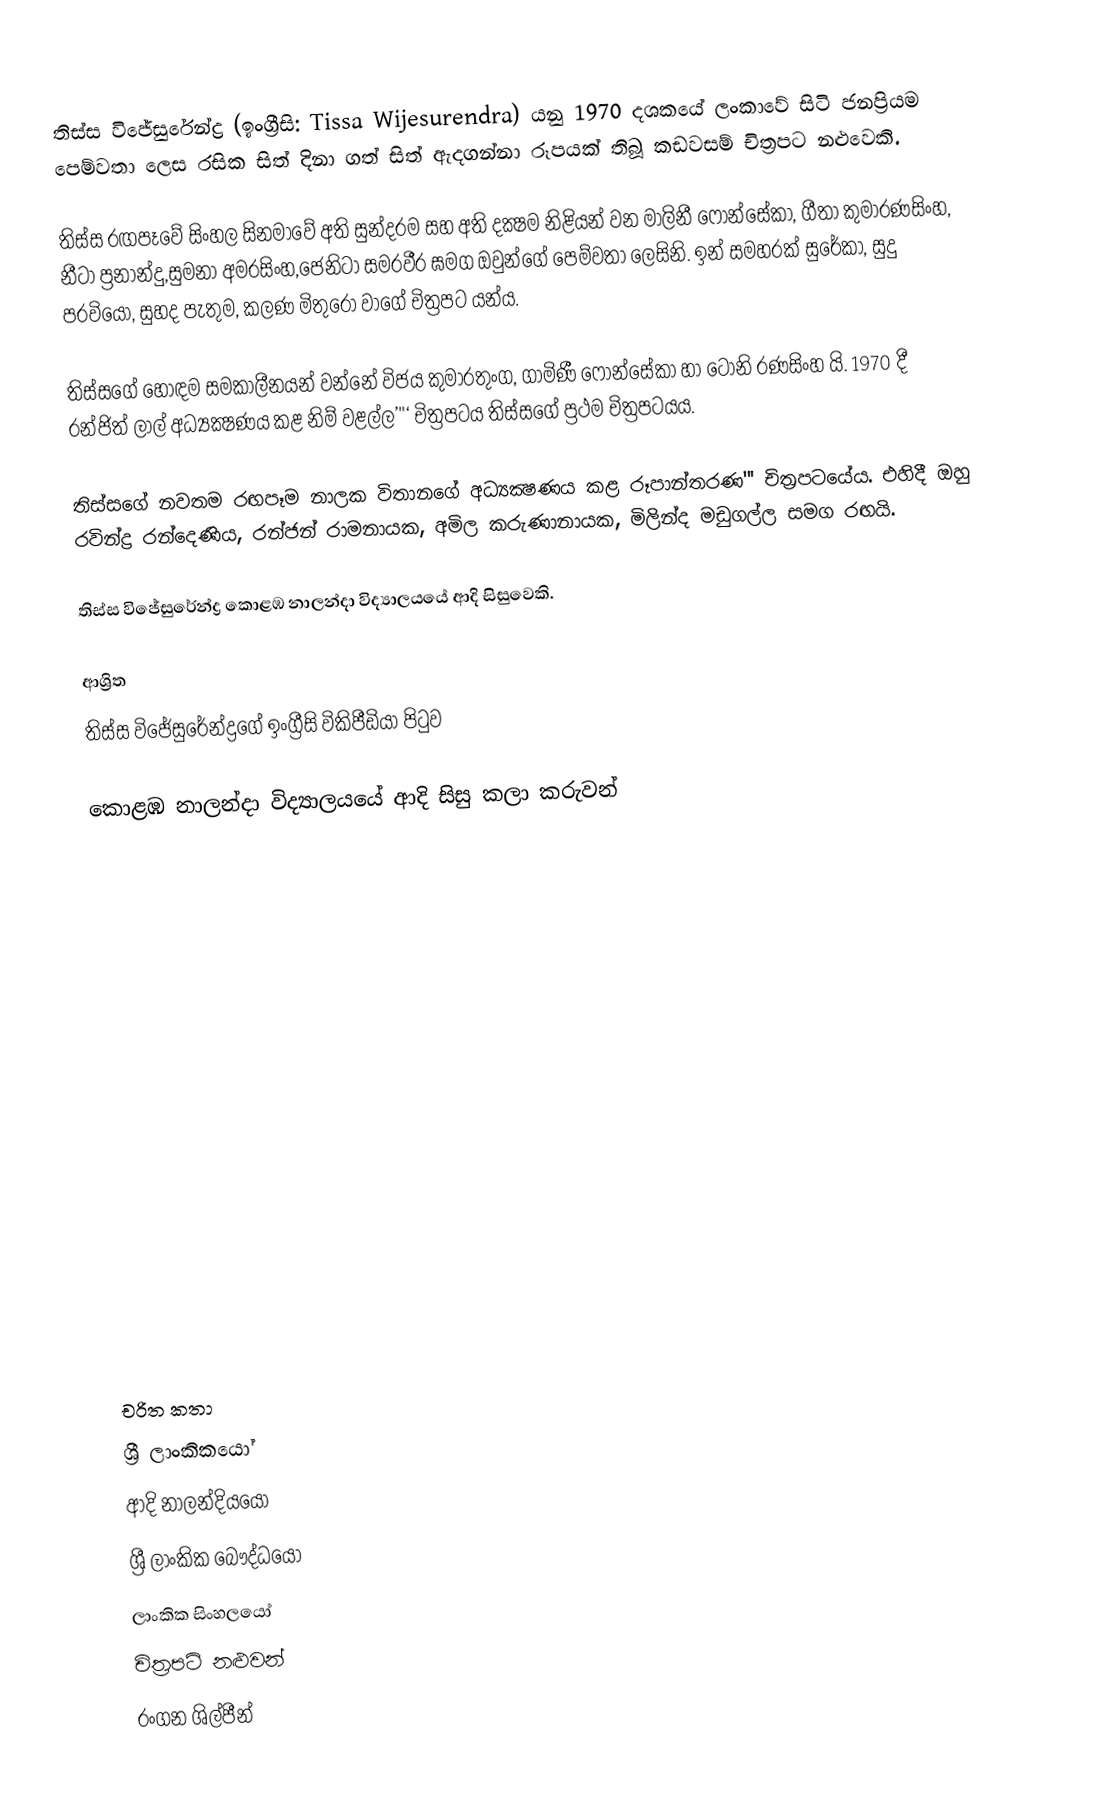
තිස්ස විජේසුරේන්ද්‍ර (ඉංග්‍රීසි: Tissa Wijesurendra) යනු 1970 දශකයේ ලංකාවේ සිටි ජනප්‍රියම පෙම්වතා ලෙස රසික සිත් දිනා ගත් සිත් ඇදගන්නා රූපයක් තිබූ කඩවසම් චිත්‍රපට නළුවෙකි.

තිස්ස රඟපෑවේ සිංහල සිනමාවේ අති සුන්දරම සහ අති දක්‍ෂම නිළියන් වන මාලිනී ෆොන්සේකා, ගීතා කුමාරණසිංහ, නීටා ප්‍රනාන්දු,සුමනා අමරසිංහ,ජෙනිටා සමරවීර ඝමග ඔවුන්ගේ පෙම්වතා ලෙසිනි. ඉන් සමහරක් සුරේකා, සුදු පරවියෝ, සුහද පැතුම, කලණ මිතුරෝ වාගේ චිත්‍රපට යන්ය.

තිස්සගේ හොඳම සමකාලීනයන් වන්නේ විජය කුමාරතුංග, ගාමිණී ෆොන්සේකා හා ටෝනි රණසිංහ යි. 1970 දී රන්ජිත් ලාල් අධ්‍යක්‍ෂණය කළ නිම් වළල්ල’''‘ චිත්‍රපටය තිස්සගේ ප්‍රථම චිත්‍රපටයය.

තිස්සගේ නවතම රඟපෑම නාලක විතානගේ අධ්‍යක්‍ෂණය කළ රූපාන්තරණ''' චිත්‍රපටයේය. එහිදී ඔහු රවින්ද්‍ර රන්දෙණිය, රන්ජන් රාමනායක, අමිල කරුණානායක, මිලින්ද මඩුගල්ල සමග රඟයි.

තිස්ස විජේසුරේන්ද්‍ර  කොළඹ නාලන්දා විද්‍යාලයයේ ආදි සිසුවෙකි.

ආශ්‍රිත
  තිස්ස විජේසුරේන්ද්‍රගේ ඉංග්‍රීසි විකිපීඩියා පිටුව

 කොළඹ නාලන්දා විද්‍යාලයයේ ආදි සිසු කලා කරුවන්

චරිත කතා
ශ්‍රී ලාංකිකයෝ
ආදි නාලන්දියයෝ
ශ්‍රී ලාංකික බෞද්ධයෝ
ලාංකික සිංහලයෝ
චිත්‍රපටි නළුවන්
රංගන ශිල්පීන්